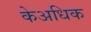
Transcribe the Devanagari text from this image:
केअधिक